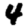
Digit: 4